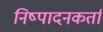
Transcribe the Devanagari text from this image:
निष्‍पादनकर्ता